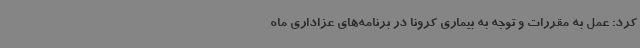
کرد: عمل به مقررات و توجه به بیماری کرونا در برنامه‌های عزاداری ماه